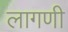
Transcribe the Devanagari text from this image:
लागणी